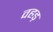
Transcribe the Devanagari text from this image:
वहड़